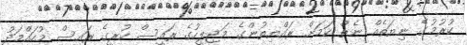
ކުރުމުގެ ނިޔަތެއް ނެތް ކަމަށް ރައްޔިތުންގެ މަޖިލީހުގެ ރައީސް ކުރީގެ ރައީސް މުހައްމަދު